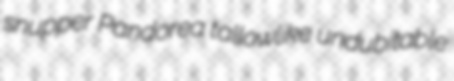
snupper Pandorea tallowlike undubitable